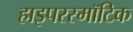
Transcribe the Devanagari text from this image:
हाइपरस्मॉटिक